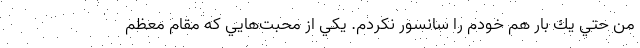
من حتي يك بار هم خودم را سانسور نكردم. يكي از محبت‌هايي كه مقام معظم